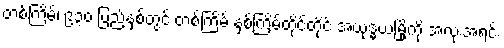
တစ်ကြိမ်၊ ၉၃၀ ပြည့်နှစ်တွင် တစ်ကြိမ် နှစ်ကြိမ်တိုင်တိုင် အယုဒ္ဓယမြို့ကို အလုံးအရင်း